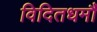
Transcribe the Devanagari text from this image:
विदितधर्मौ